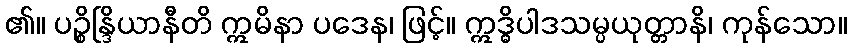
၏။ ပဉ္စိန္ဒြိယာနီတိ ဣမိနာ ပဒေန၊ ဖြင့်။ ဣဒ္ဓိပါဒသမ္ပယုတ္တာနိ၊ ကုန်သော။